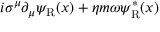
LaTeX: i \sigma ^ { \mu } \partial _ { \mu } \psi _ { \mathrm { { R } } } ( x ) + \eta m \omega \psi _ { \mathrm { { R } } } ^ { * } ( x )